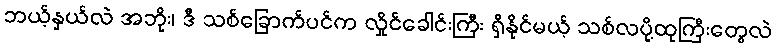
ဘယ့်နှယ်လဲ အဘိုး၊ ဒီ သစ်ခြောက်ပင်က လှိုင်ခေါင်းကြီး ရှိနိုင်မယ့် သစ်လပို့ထုကြီးတွေလဲ